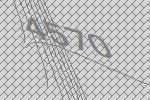
4570